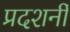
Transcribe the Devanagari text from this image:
प्रदशर्नी